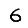
Digit: 6